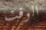
الوقت